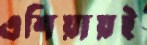
এশিয়ায়ই